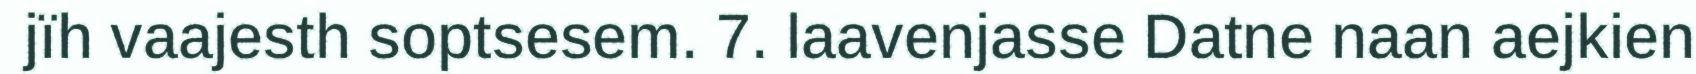
jïh vaajesth soptsesem. 7. laavenjasse Datne naan aejkien